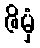
ဇိမှံ